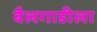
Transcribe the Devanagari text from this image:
बैलगाडीला